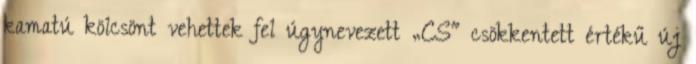
kamatú kölcsönt vehettek fel úgynevezett „CS" csökkentett értékű új